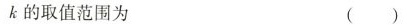
k的取值范围为 ( )